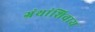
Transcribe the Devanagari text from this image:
ग्रंथांशिवाय